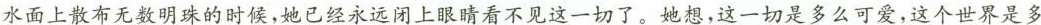
水面上散布无数明珠的时候，她已经永远闭上眼睛看不见这一切了。她想，这一切是多么可爱，这个世界是多